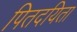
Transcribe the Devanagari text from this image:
पितदयिता